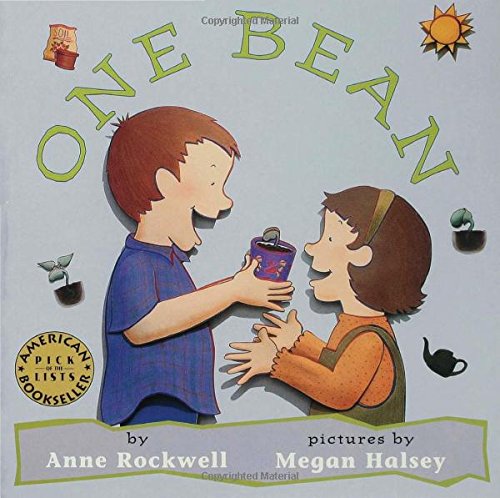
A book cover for One Bean; Anne Rockwell; Children's Books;